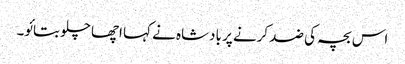
اس بچہ کی ضد کرنے پر بادشاہ نے کہا اچھا چلو بتائو۔